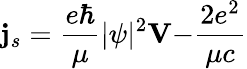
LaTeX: {\mathbf j}_{s}=\frac{e\hbar}\mu|\psi|^{2}{\mathbf V-}\frac{2e^{2}}{\mu c}